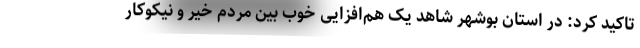
تاکید کرد: در استان بوشهر شاهد یک هم‌افزایی خوب بین مردم خیر و نیکوکار